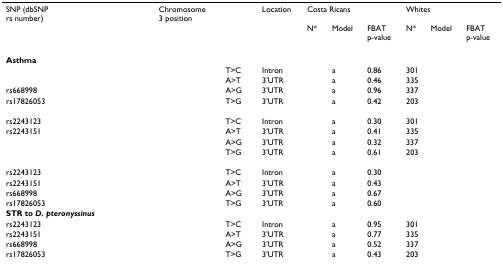
<table><thead><tr><td><b>SNP (dbSNP rs number)</b></td><td><b>Chromosome 3 position</b></td><td>[EMPTY_CELL]</td><td><b>Location</b></td><td colspan="3"><b>Costa Ricans</b></td><td colspan="3"><b>Whites</b></td></tr><tr><td>[EMPTY_CELL]</td><td>[EMPTY_CELL]</td><td>[EMPTY_CELL]</td><td>[EMPTY_CELL]</td><td><b>N*</b></td><td><b>Model</b></td><td><b>FBAT p-value</b></td><td><b>N*</b></td><td><b>Model</b></td><td><b>FBAT p-value</b></td></tr></thead><tbody><tr><td><b>Asthma</b></td><td>[EMPTY_CELL]</td><td>[EMPTY_CELL]</td><td>[EMPTY_CELL]</td><td>[EMPTY_CELL]</td><td>[EMPTY_CELL]</td><td>[EMPTY_CELL]</td><td>[EMPTY_CELL]</td><td>[EMPTY_CELL]</td><td>[EMPTY_CELL]</td></tr><tr><td>[EMPTY_CELL]</td><td>[EMPTY_CELL]</td><td>T&gt;C</td><td>Intron</td><td>[EMPTY_CELL]</td><td>a</td><td>0.86</td><td>301</td><td>[EMPTY_CELL]</td><td>[EMPTY_CELL]</td></tr><tr><td>[EMPTY_CELL]</td><td>[EMPTY_CELL]</td><td>A&gt;T</td><td>3'UTR</td><td>[EMPTY_CELL]</td><td>a</td><td>0.46</td><td>335</td><td>[EMPTY_CELL]</td><td>[EMPTY_CELL]</td></tr><tr><td>rs668998</td><td>[EMPTY_CELL]</td><td>A&gt;G</td><td>3'UTR</td><td>[EMPTY_CELL]</td><td>a</td><td>0.96</td><td>337</td><td>[EMPTY_CELL]</td><td>[EMPTY_CELL]</td></tr><tr><td>rs17826053</td><td>[EMPTY_CELL]</td><td>T&gt;G</td><td>3'UTR</td><td>[EMPTY_CELL]</td><td>a</td><td>0.42</td><td>203</td><td>[EMPTY_CELL]</td><td>[EMPTY_CELL]</td></tr><tr><td>[EMPTY_CELL]</td><td>[EMPTY_CELL]</td><td>[EMPTY_CELL]</td><td>[EMPTY_CELL]</td><td>[EMPTY_CELL]</td><td>[EMPTY_CELL]</td><td>[EMPTY_CELL]</td><td>[EMPTY_CELL]</td><td>[EMPTY_CELL]</td><td>[EMPTY_CELL]</td></tr><tr><td>rs2243123</td><td>[EMPTY_CELL]</td><td>T&gt;C</td><td>Intron</td><td>[EMPTY_CELL]</td><td>a</td><td>0.30</td><td>301</td><td>[EMPTY_CELL]</td><td>[EMPTY_CELL]</td></tr><tr><td>rs2243151</td><td>[EMPTY_CELL]</td><td>A&gt;T</td><td>3'UTR</td><td>[EMPTY_CELL]</td><td>a</td><td>0.41</td><td>335</td><td>[EMPTY_CELL]</td><td>[EMPTY_CELL]</td></tr><tr><td>[EMPTY_CELL]</td><td>[EMPTY_CELL]</td><td>A&gt;G</td><td>3'UTR</td><td>[EMPTY_CELL]</td><td>a</td><td>0.32</td><td>337</td><td>[EMPTY_CELL]</td><td>[EMPTY_CELL]</td></tr><tr><td>[EMPTY_CELL]</td><td>[EMPTY_CELL]</td><td>T&gt;G</td><td>3'UTR</td><td>[EMPTY_CELL]</td><td>a</td><td>0.61</td><td>203</td><td>[EMPTY_CELL]</td><td>[EMPTY_CELL]</td></tr><tr><td>[EMPTY_CELL]</td><td>[EMPTY_CELL]</td><td>[EMPTY_CELL]</td><td>[EMPTY_CELL]</td><td>[EMPTY_CELL]</td><td>[EMPTY_CELL]</td><td>[EMPTY_CELL]</td><td>[EMPTY_CELL]</td><td>[EMPTY_CELL]</td><td>[EMPTY_CELL]</td></tr><tr><td>rs2243123</td><td>[EMPTY_CELL]</td><td>T&gt;C</td><td>Intron</td><td>[EMPTY_CELL]</td><td>a</td><td>0.30</td><td>[EMPTY_CELL]</td><td>[EMPTY_CELL]</td><td>[EMPTY_CELL]</td></tr><tr><td>rs2243151</td><td>[EMPTY_CELL]</td><td>A&gt;T</td><td>3'UTR</td><td>[EMPTY_CELL]</td><td>a</td><td>0.43</td><td>[EMPTY_CELL]</td><td>[EMPTY_CELL]</td><td>[EMPTY_CELL]</td></tr><tr><td>rs668998</td><td>[EMPTY_CELL]</td><td>A&gt;G</td><td>3'UTR</td><td>[EMPTY_CELL]</td><td>a</td><td>0.67</td><td>[EMPTY_CELL]</td><td>[EMPTY_CELL]</td><td>[EMPTY_CELL]</td></tr><tr><td>rs17826053</td><td>[EMPTY_CELL]</td><td>T&gt;G</td><td>3'UTR</td><td>[EMPTY_CELL]</td><td>a</td><td>0.60</td><td>[EMPTY_CELL]</td><td>[EMPTY_CELL]</td><td>[EMPTY_CELL]</td></tr><tr><td><b>STR to <i>D. pteronyssinus</i></b></td><td>[EMPTY_CELL]</td><td>[EMPTY_CELL]</td><td>[EMPTY_CELL]</td><td>[EMPTY_CELL]</td><td>[EMPTY_CELL]</td><td>[EMPTY_CELL]</td><td>[EMPTY_CELL]</td><td>[EMPTY_CELL]</td><td>[EMPTY_CELL]</td></tr><tr><td>rs2243123</td><td>[EMPTY_CELL]</td><td>T&gt;C</td><td>Intron</td><td>[EMPTY_CELL]</td><td>a</td><td>0.95</td><td>301</td><td>[EMPTY_CELL]</td><td>[EMPTY_CELL]</td></tr><tr><td>rs2243151</td><td>[EMPTY_CELL]</td><td>A&gt;T</td><td>3'UTR</td><td>[EMPTY_CELL]</td><td>a</td><td>0.77</td><td>335</td><td>[EMPTY_CELL]</td><td>[EMPTY_CELL]</td></tr><tr><td>rs668998</td><td>[EMPTY_CELL]</td><td>A&gt;G</td><td>3'UTR</td><td>[EMPTY_CELL]</td><td>a</td><td>0.52</td><td>337</td><td>[EMPTY_CELL]</td><td>[EMPTY_CELL]</td></tr><tr><td>rs17826053</td><td>[EMPTY_CELL]</td><td>T&gt;G</td><td>3'UTR</td><td>[EMPTY_CELL]</td><td>a</td><td>0.43</td><td>203</td><td>[EMPTY_CELL]</td><td>[EMPTY_CELL]</td></tr></tbody></table>